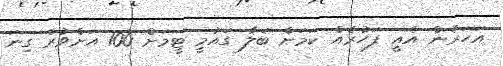
އަހަރެން އެއީ ފަހުރެއް ކަމަށް ބަލާ ގައުމީ ޓީމަށް 100 އަށްވުރެ ގިނަ